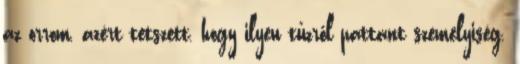
az orrom, azért tetszett, hogy ilyen tűzről pattant személyiség.